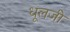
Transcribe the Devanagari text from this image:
धूलजी